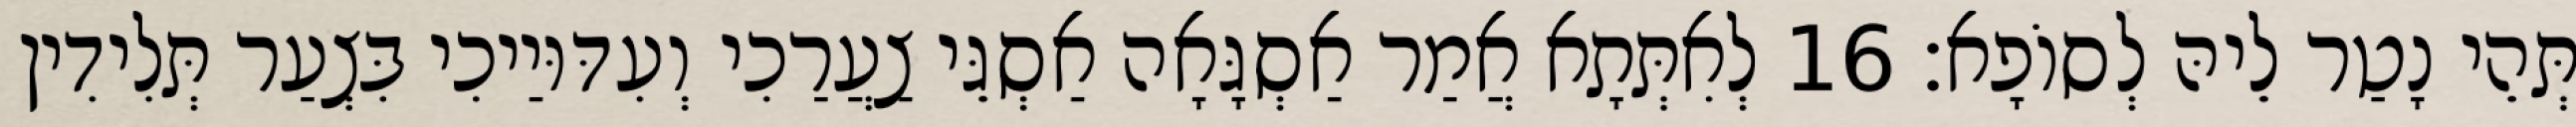
תְּהֵי נָטַר לֵיהּ לְסוֹפָא׃ 16 לְאִתְּתָא אֲמַר אַסְגָּאָה אַסְגֵּי צַעֲרַכִי וְעִדּוּיַיכִי בִּצְעַר תְּלִידִין